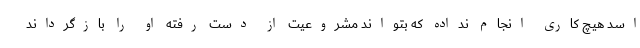
اسد هیچ کاری انجام نداده که بتواند مشروعیت از دست رفته او را بازگرداند